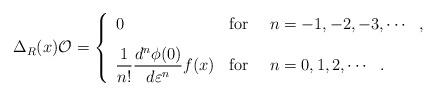
LaTeX: \begin{align*}\Delta_R(x) {\cal O} = \left\{\begin{array}{ll}0 & {\rm for} ~~~~ n = -1,-2,-3,\cdots ~~ ,\vspace{3mm}\\\displaystyle{\frac{1}{n!}\frac{d^n \phi(0)}{d \varepsilon^n} f(x) } & {\rm for} ~~~~ n = 0,1,2,\cdots ~~ .\end{array} \right.\end{align*}